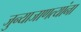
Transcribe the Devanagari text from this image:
जुन्याजाणत्यांना